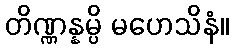
တိဏ္ဏန္နမ္ပိ မဟေသိနံ။